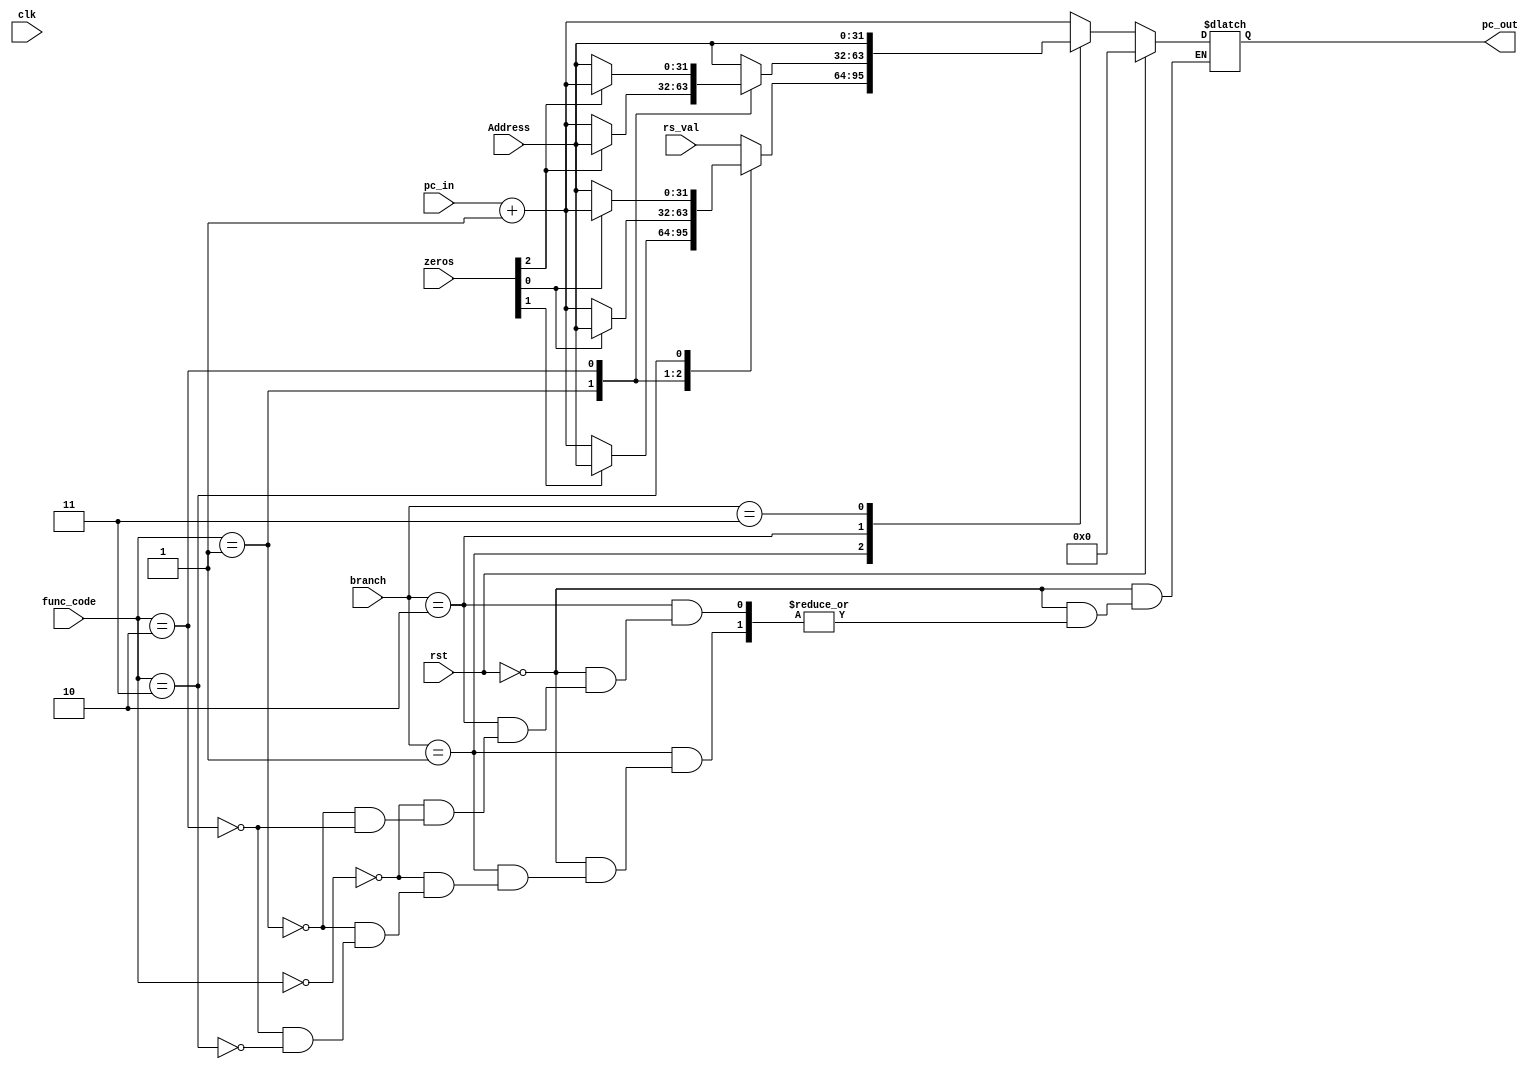
module brancher (
    input [31:0] pc_in,
    input [31:0] Address,
    input [31:0] rs_val,
    input [2:0] zeros,
    input [1:0] branch,
    input [5:0] func_code,
    input rst,
    input clk,
    output reg [31:0] pc_out
);

reg [2:0] old_reg;

always @(posedge clk) begin
    if(rst) old_reg <= 3'b0;
    else old_reg <= zeros;
end

always @(*) begin
    if(rst) pc_out <= 32'b0;
    else begin
        case (branch)
            2'b01:
                begin
                    case (func_code)
                        6'b000000:
                            begin
                                pc_out <= rs_val;
                            end
                        6'b000001:
                            begin
                                if(zeros[1]) pc_out = Address;
                                else pc_out = pc_in + 32'd1;
                            end
                        6'b000010:
                            begin
                                if(zeros[0]) pc_out = Address;
                                else pc_out = pc_in + 32'd1;
                            end
                        6'b000011:
                            begin
                                if(zeros[0]) pc_out = pc_in + 32'd1;
                                else pc_out = Address;
                            end
                    endcase
                end
            2'b10:
                begin
                    case (func_code)
                        6'b000000:
                            begin
                                pc_out = Address;
                            end
                        6'b000001:
                            begin
                                if(zeros[2]) pc_out = Address;
                                else pc_out = pc_in + 32'd1;
                            end
                        6'b000010:
                            begin
                                if(zeros[2]) pc_out = pc_in + 32'd1;
                                else pc_out = Address;
                            end
                    endcase
                end 
            2'b11:
                begin
                    pc_out = Address;
                end
            default: 
                begin
                    pc_out = pc_in + 32'd1;
                end
        endcase
    end
end
endmodule